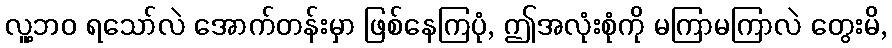
လူ့ဘဝ ရသော်လဲ အောက်တန်းမှာ ဖြစ်နေကြပုံ, ဤအလုံးစုံကို မကြာမကြာလဲ တွေးမိ,